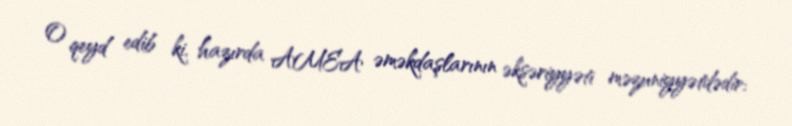
O qeyd edib ki, hazırda AMEA əməkdaşlarının əksəriyyəti məzuniyyətdədir: